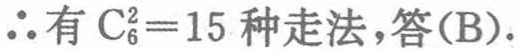
$\therefore 有\mathrm{C}_{6}^{2}=15种走法,答(\mathrm{B}).$